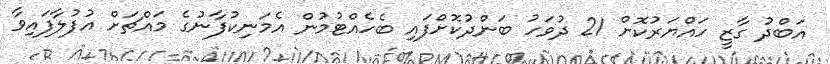
އަބްދު ގާޒީ ހައްޔަރުކޮށް 21 ދުވަހު ބަންދުކޮށްފައި ބެހެއްޓުމުން އެމަނިކުފާނުގެ މައްޗަށް އުފުލާފައިވާ